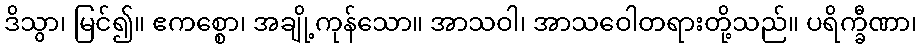
ဒိသွာ၊ မြင်၍။ ဧကစ္စော၊ အချို့ကုန်သော။ အာသဝါ၊ အာသဝေါတရားတို့သည်။ ပရိက္ခီဏာ၊